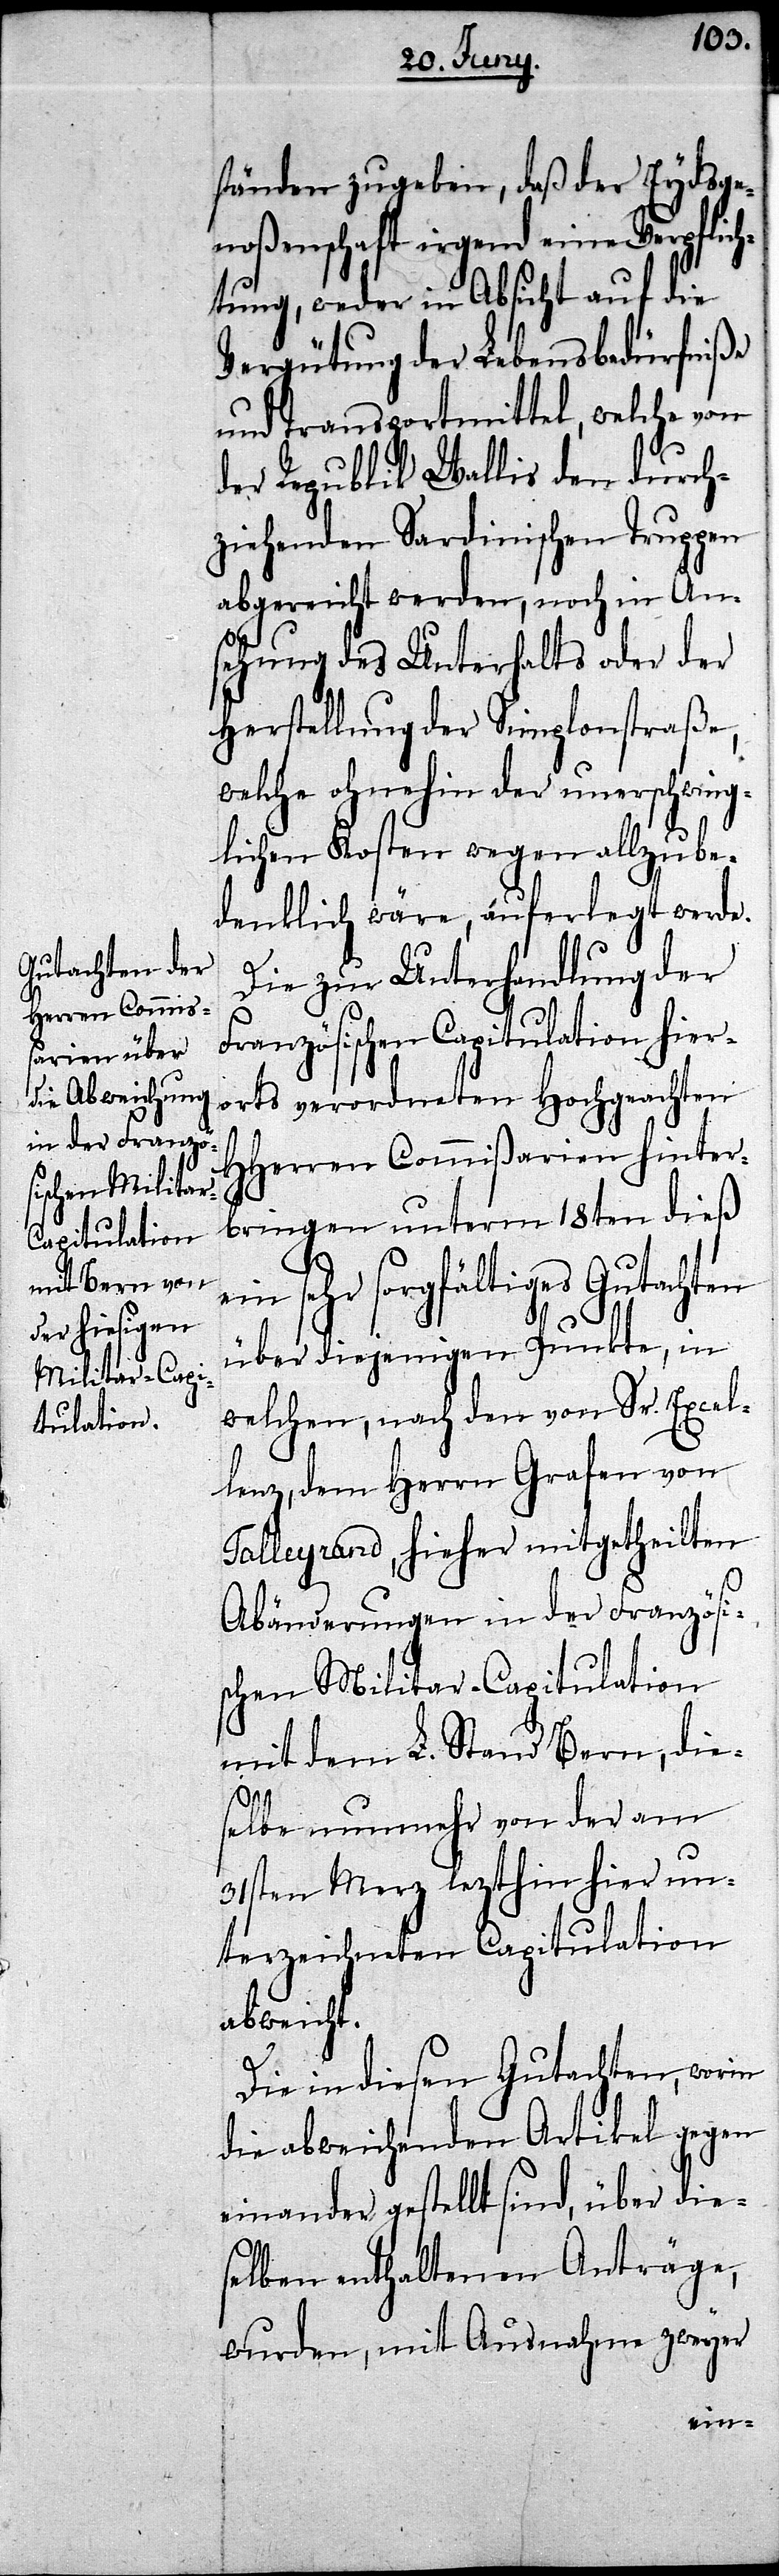
ständen zugeben, daß der Eydsge¬
noßenschaft irgend eine Verpflich¬
tung, weder in Absicht auf die
Vergütung der Lebensbedürfniße
und Transportmittel, welche von
der Republik Wallis den durch¬
ziehenden Sardinischen Truppen
abgereicht werden, noch in An¬
sehnung des Unterhalts oder der
Herstellung der Simplonstraße,
welche ohnehin der unerschwing¬
lichen Kosten wegen allzube¬
denklich wäre, auferlegt werde.
Die zur Unterhandlung der
Französischen Capitulation hier¬
orts verordneten Hochgeachten
HHerren Commißarien hinter¬
bringen unterm 18ten dieß
ein sehr sorgfältiges Gutachten
über diejenigen Punkte, in
welchen, nach den von Sr. Excel¬
lenz, dem Herrn Grafen von
Talleyrand, hieher mitgetheilten
Abänderungen in der Französis¬
chen Militar-Capitulation
mit dem L. Stand Bern, die¬
selbe nunmehr von der am
31sten Merz lezthin hier un¬
terzeichneten Capitulation
abweicht.
Die in diesen Gutachten, worin
die abweichenden Artikel gegen
einander gestellt sind, über die¬
selben enthaltenen Anträge,
wurden, mit Ausnahme zweyer